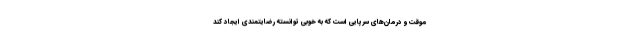
موقت و درمان‌های سرپایی است که به خوبی توانسته رضایتمندی ایجاد کند